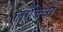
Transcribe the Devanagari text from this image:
लॉबियों